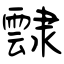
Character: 霴